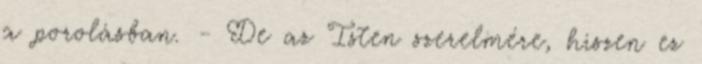
a porolásban. - De az Isten szerelmére, hiszen ez